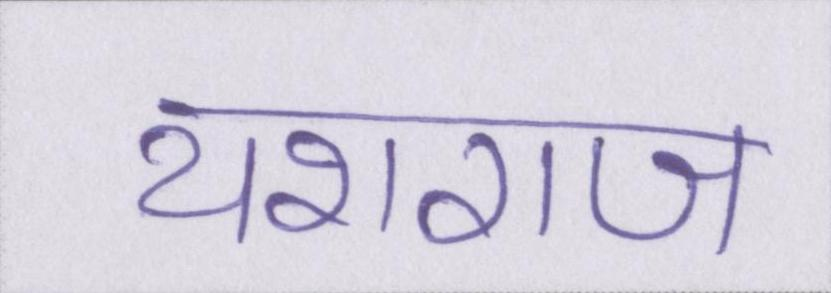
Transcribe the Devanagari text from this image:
यशराज